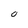
Character: O